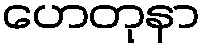
ဟေတုနာ